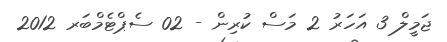
ޖަމީލް 3 އަހަރު 2 މަސް ކުރިން - 02 ސެޕްޓެމްބަރ 2012